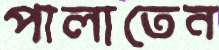
পালাতেন